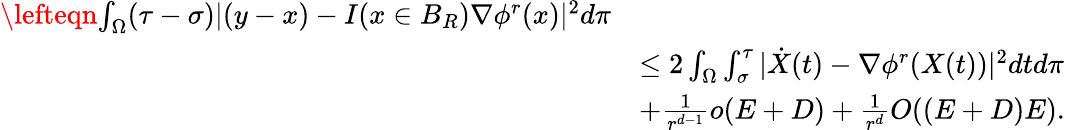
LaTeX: \begin{array}{rl}{\lefteqn{\int_{\Omega}(\tau-\sigma)|(y-x)-I(x\in B_{R})\nabla\phi^{r}(x)|^{2}d\pi}}\\ &{\le 2\int_{\Omega}\int_{\sigma}^{\tau}|\dot{X}(t)-\nabla\phi^{r}(X(t))|^{2}dtd\pi}\\ &{+\frac{1}{r^{d-1}}o(E+D)+\frac{1}{r^{d}}O((E+D)E).}\end{array}